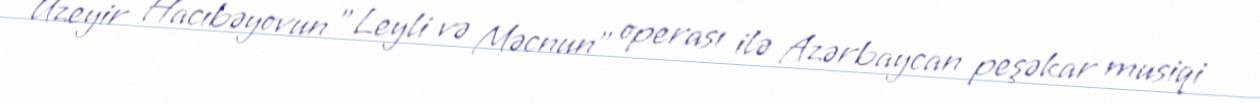
Üzeyir Hacıbəyovun "Leyli və Məcnun" operası ilə Azərbaycan peşəkar musiqi